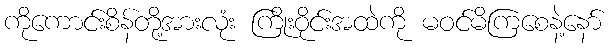
ကိုကောင်းစိန်တို့အားလုံး ကြိုးဝိုင်းအထဲကို မဝင်မိကြစေနဲ့နော်